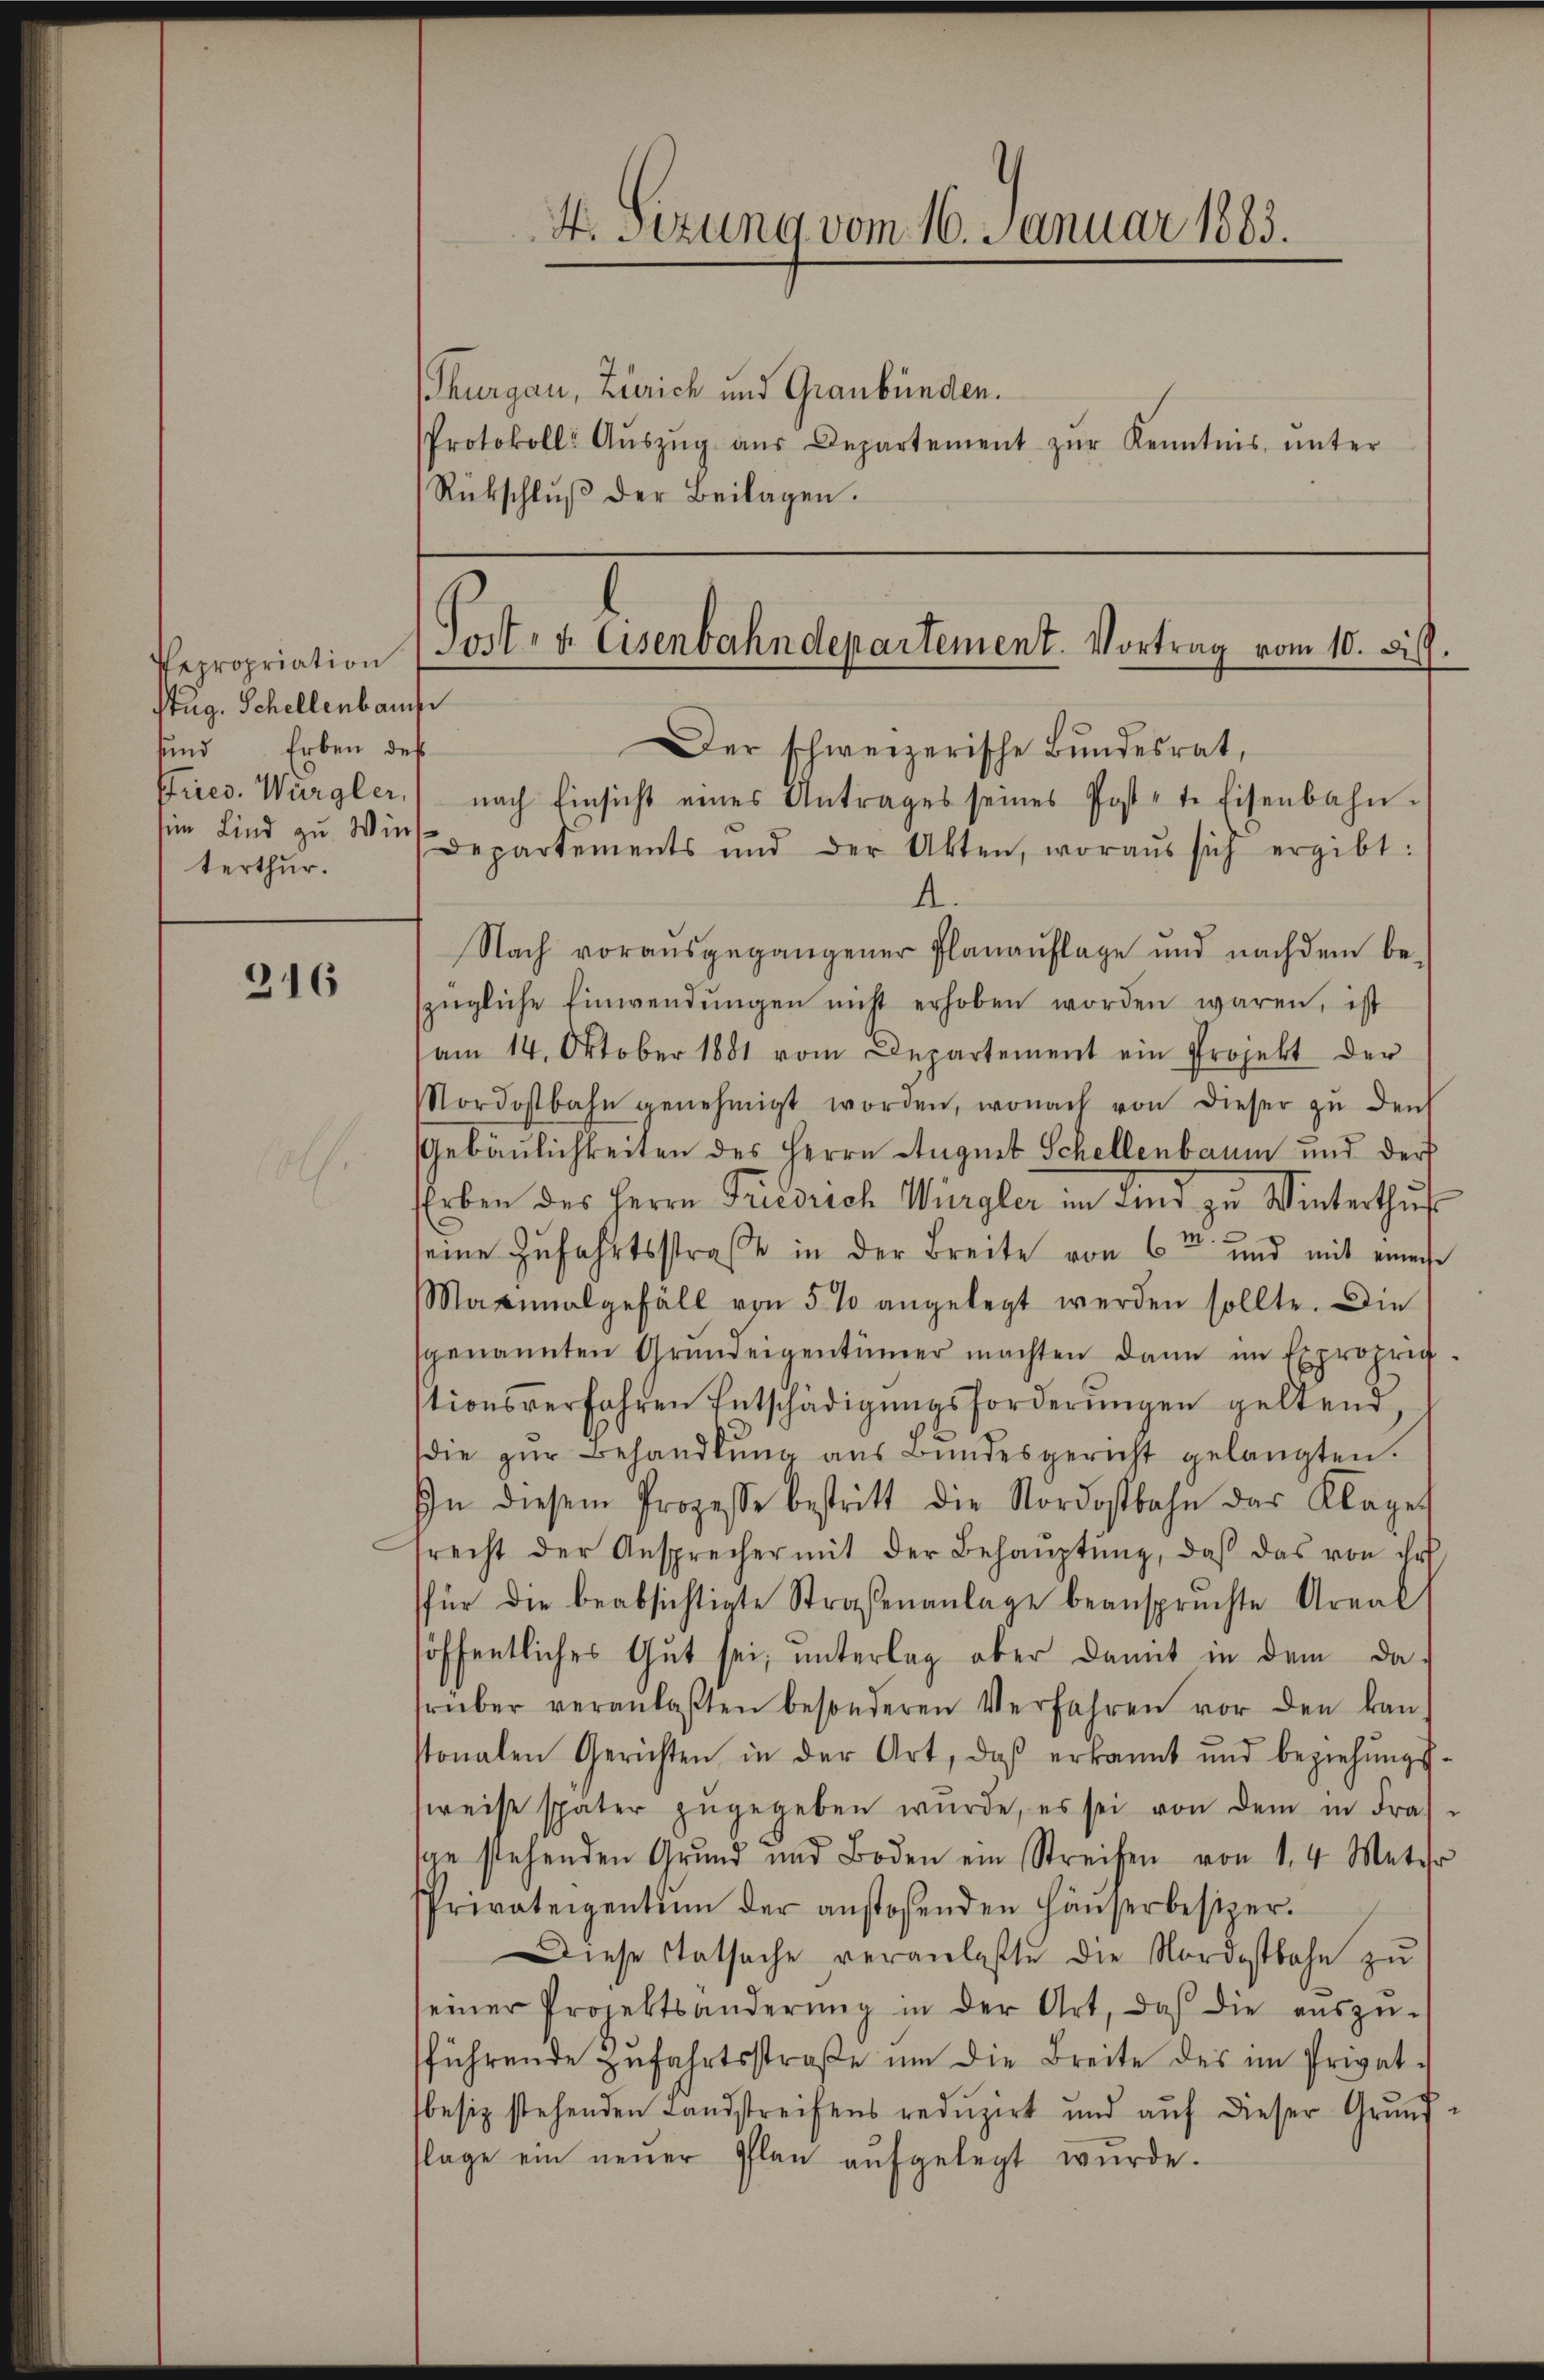
Pepropriation
Stug. Schellenbauf
sund Erben des
terthur.

346

Post- u. Eisenbahndepartement. Vortrag vom 10. Sil.
Der schweizerische Bundesrat,
Fires. Würgler, nach Einsicht eines Antrages seines Postete Eisenbahn-

sein Kind zu Wir separtements und der Akten, woraus sich ergibt:
A.
Nach vorausgegangener Planaŭflage und nachdem be-
szügliche Einwendŭngen nicht erhoben worden waren, ist
am 14. Oktober 1881 vom Departement ein Projekt der
Mordostbahn genehmigt worden, wonach von dieser zu den
Gebäulichkeiten des Herrn August Schellenbaum und der
Erben des Herrn Friedrich Würgler im Kind zu Winterthur
seine Zufahrtsstraße in der Breite von 6te und mit einer
Maximalgefäll von 5 % angelegt werden sollte. Die
genannten Grundeigentümer machten dann im Exproprig-
stionsverfahren Entschädigŭngsforderungen geltend,
die zŭr Behandlŭng aŭs Bŭndesgericht gelangten.
In diesem Prozesse bestritt die Nordostbahn der Klages
srecht der Ansprecher mit der Behaŭptŭng, daβ das von ihr
für die beabsichtigte Straßenanlage beanspruchte Areal
höffentliches Gut sei, unterlag aber damit in dem da
früber veranlaβten besonderen Verfahren vor den kan-
stonalen Gerichten in der Art, daß erkannt und beziehŭngs-
weise später zŭgegeben wŭrde, es sei von dem in Fras-
spe stehenden Grund und Boden ein Streifen von 14 Meter
Privateigentum der anstoßenden Häŭserbesizer.
Diese Statsache veranlaßte die Nordostbahn zu
seiner Projektsänderŭng in der Art, daβ die aŭszŭ-
sführende Zŭfahrtsstraβe ŭm die Breite des im Privat-
besiz stehenden Landstreifens reduzirt und aŭf dieser Grund-
flage ein neŭer Plan aŭfgelegt wŭrde.

4. Sizung vom 16. Januar 1883.
Thurgau, Zürich und Graubünden.
Protokoll Aŭszŭg aŭs Departement zŭr Kenntnis ŭnter
Rückschlŭβ der Beilagen.